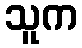
သူက